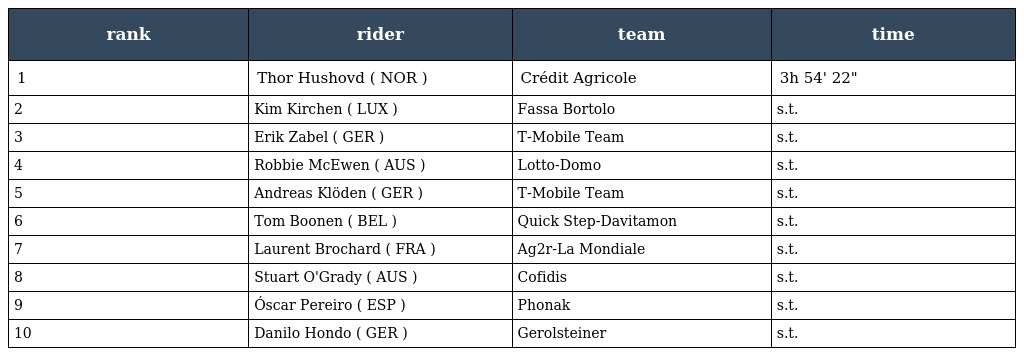
| rank | rider | team | time |
 | --- | --- | --- | --- |
 | 1 | Thor Hushovd ( NOR ) | Crédit Agricole | 3h 54' 22" |
 | 2 | Kim Kirchen ( LUX ) | Fassa Bortolo | s.t. |
 | 3 | Erik Zabel ( GER ) | T-Mobile Team | s.t. |
 | 4 | Robbie McEwen ( AUS ) | Lotto-Domo | s.t. |
 | 5 | Andreas Klöden ( GER ) | T-Mobile Team | s.t. |
 | 6 | Tom Boonen ( BEL ) | Quick Step-Davitamon | s.t. |
 | 7 | Laurent Brochard ( FRA ) | Ag2r-La Mondiale | s.t. |
 | 8 | Stuart O'Grady ( AUS ) | Cofidis | s.t. |
 | 9 | Óscar Pereiro ( ESP ) | Phonak | s.t. |
 | 10 | Danilo Hondo ( GER ) | Gerolsteiner | s.t. |